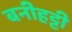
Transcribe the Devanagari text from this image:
बनीहट्टी